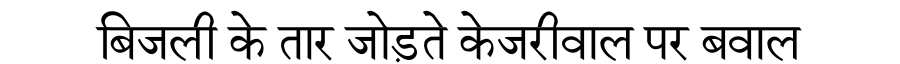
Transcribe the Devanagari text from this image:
बिजली के तार जोड़ते केजरीवाल पर बवाल